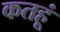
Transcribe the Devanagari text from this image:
कतहूं